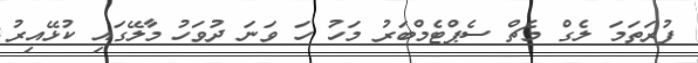
ފުރަތަމަ ލެގް މެޗް ސެޕްޓެމްބަރު މަހު ހަ ވަނަ ދުވަހު މާލޭގައި ކުޅޭއިރު